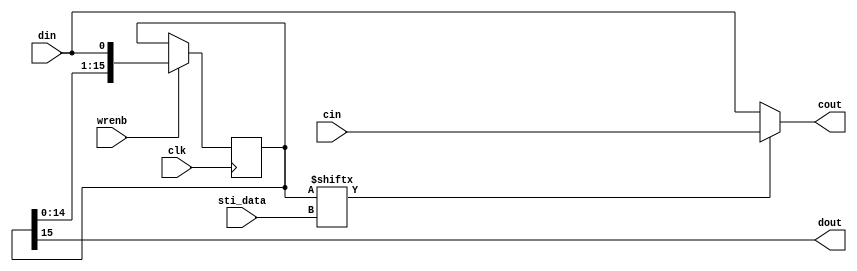
module trigterm_range_bit (
  input  wire sti_data,
  input  wire clk,
  input  wire wrenb,
  input  wire din,
  output wire dout,
  input  wire cin,
  output wire cout
);
wire       hit;
reg [15:0] mem;
always @(posedge clk)
if (wrenb) mem <= {mem, din};
assign hit  = mem[{3'b000, sti_data}];
assign dout = mem[15];
assign cout = hit ? cin : din;
endmodule